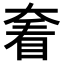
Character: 𡙍